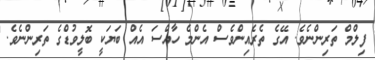
ފިލްމް ތަރިންނެވެ. އޭގެ ތެރެެއިންވެސް އެންމެ ހާއްސަ އެއް ބަޔަކީ ބޮލީވުޑްގެ ތަރިންނެވެ.